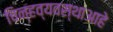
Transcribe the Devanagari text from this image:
चिन्हव्यवस्थाआहे